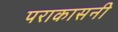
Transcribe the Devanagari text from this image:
पराकासनी